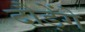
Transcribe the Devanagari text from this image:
दौड़ेंगे